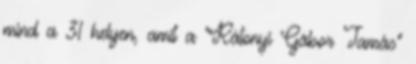
mind a 31 helyen, amit a "Rátonyi Gábor Tamás"